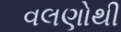
વલણોથી